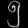
Digit: ၅